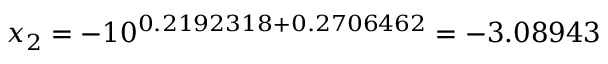
x _ { 2 } = - 1 0 ^ { 0 . 2 1 9 2 3 1 8 + 0 . 2 7 0 6 4 6 2 } = - 3 . 0 8 9 4 3